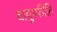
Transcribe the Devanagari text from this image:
वायुस्फीति